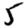
Digit: 5